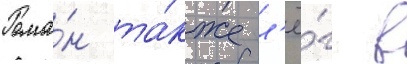
Рома́н та́кже л'ё́г в